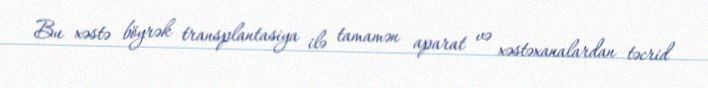
Bu xəstə böyrək transplantasiya ilə tamamən aparat və xəstəxanalardan təcrid